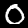
Label: 0